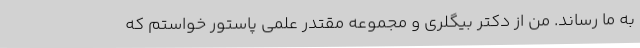
به ما رساند. من از دکتر بیگلری و مجموعه مقتدر علمی پاستور خواستم که